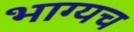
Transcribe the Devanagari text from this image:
भाग्यच